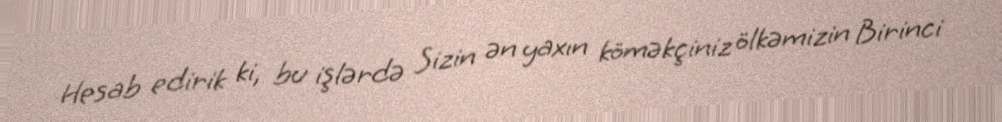
Hesab edirik ki, bu işlərdə Sizin ən yaxın köməkçiniz ölkəmizin Birinci